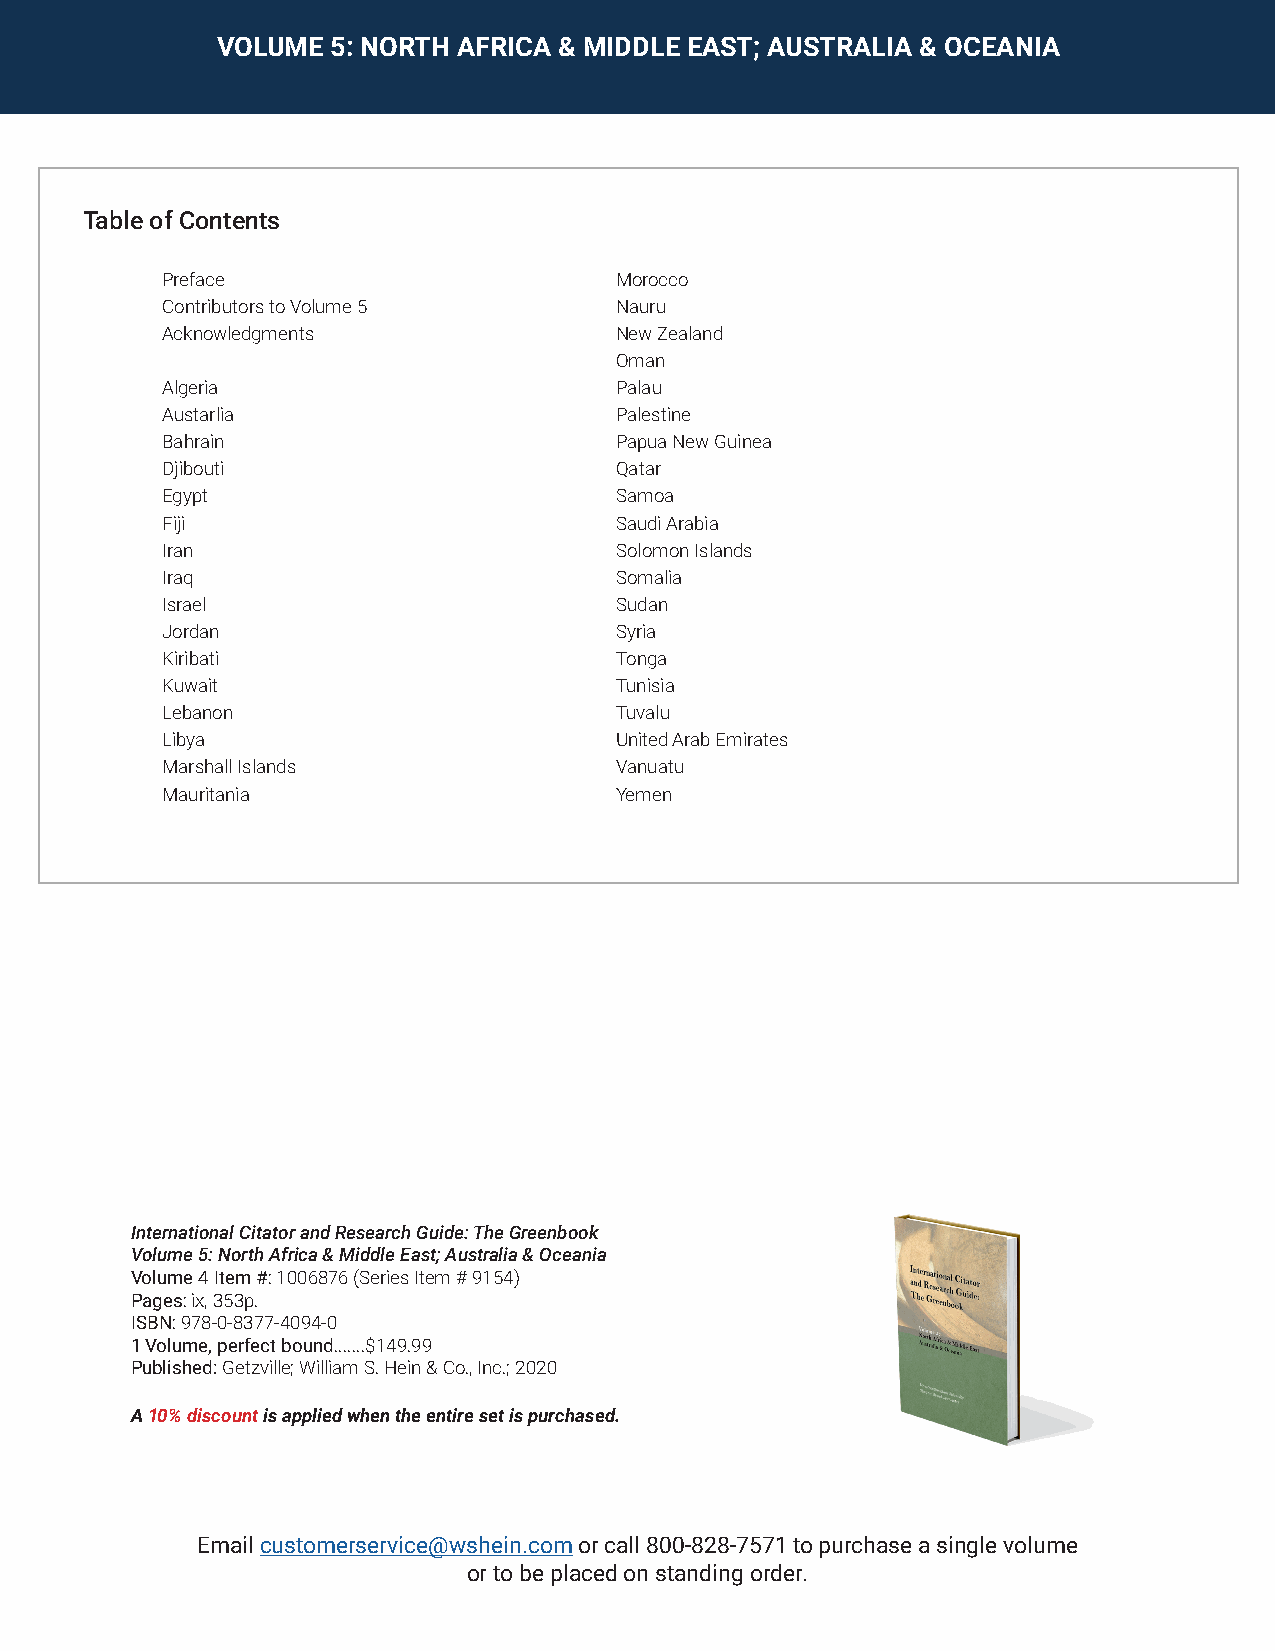
VOLUME  5: NORTH AFRICA & MIDDLE EAST; AUSTRALIA & OCEANIA
 Table of Contents
 Preface                       Morocco
 Contributors to Volume 5      Nauru
 Acknowledgments               New Zealand
 Oman
 Algeria                       Palau
 Austarlia                     Palestine
 Bahrain                       Papua New Guinea
 Djibouti                      Qatar
 Egypt                         Samoa
 Fiji                          Saudi Arabia
 Iran                          Solomon Islands
 Iraq                          Somalia
 Israel                        Sudan
 Jordan                        Syria
 Kiribati                      Tonga
 Kuwait                        Tunisia
 Lebanon                       Tuvalu
 Libya                         United Arab Emirates
 Marshall Islands              Vanuatu
 Mauritania                    Yemen
 International Citator and Research Guide: The Greenbook
 Volume 5: North Africa & Middle East; Australia & Oceania
 Volume 4 Item #: 1006876 (Series Item # 9154)
 Pages: ix, 353p.
 ISBN: 978-0-8377-4094-0
 1 Volume, perfect bound.......$149.99
 Published: Getzville; William S. Hein & Co., Inc.; 2020
 A 10% discount is applied when the entire set is purchased.
 Email customerservice@wshein.com or call 800-828-7571 to purchase a single volume
 or to be placed on standing order.